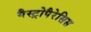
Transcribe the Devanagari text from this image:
गैस्ट्रोपैरेसिस